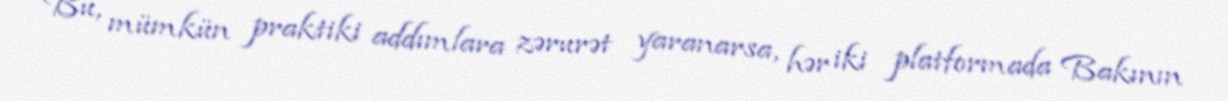
Bu, mümkün praktiki addımlara zərurət yaranarsa, hər iki platformada Bakının